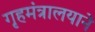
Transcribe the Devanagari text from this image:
गृहमंत्रालयाने